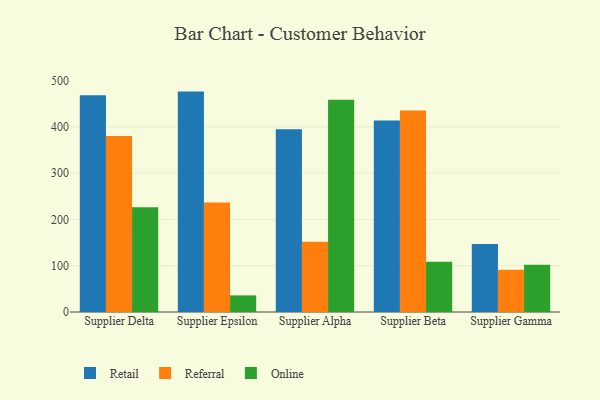
{"axis": {"x": "Supplier", "y": "Operating Costs (USD K)"}, "legend": ["Online", "Referral", "Retail"], "data": [{"x": "Supplier Delta", "y": 468.3, "type": "Retail"}, {"x": "Supplier Delta", "y": 380.4, "type": "Referral"}, {"x": "Supplier Delta", "y": 226.5, "type": "Online"}, {"x": "Supplier Epsilon", "y": 476.1, "type": "Retail"}, {"x": "Supplier Epsilon", "y": 236.8, "type": "Referral"}, {"x": "Supplier Epsilon", "y": 35.9, "type": "Online"}, {"x": "Supplier Alpha", "y": 394.6, "type": "Retail"}, {"x": "Supplier Alpha", "y": 151.5, "type": "Referral"}, {"x": "Supplier Alpha", "y": 458.4, "type": "Online"}, {"x": "Supplier Beta", "y": 413.6, "type": "Retail"}, {"x": "Supplier Beta", "y": 435.1, "type": "Referral"}, {"x": "Supplier Beta", "y": 108.4, "type": "Online"}, {"x": "Supplier Gamma", "y": 146.9, "type": "Retail"}, {"x": "Supplier Gamma", "y": 91.3, "type": "Referral"}, {"x": "Supplier Gamma", "y": 102.0, "type": "Online"}]}